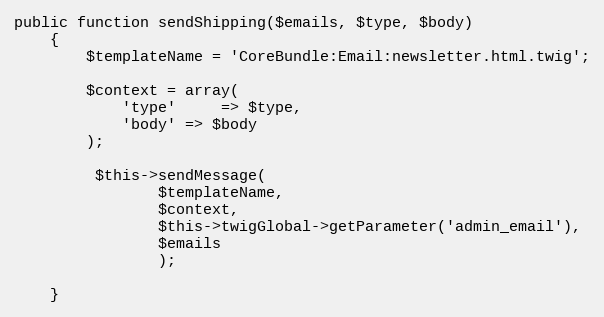
Language: PHP
public function sendShipping($emails, $type, $body)
    {
        $templateName = 'CoreBundle:Email:newsletter.html.twig';

        $context = array(
            'type'     => $type,
            'body' => $body
        );

         $this->sendMessage(
                $templateName,
                $context,
                $this->twigGlobal->getParameter('admin_email'),
                $emails
                );

    }